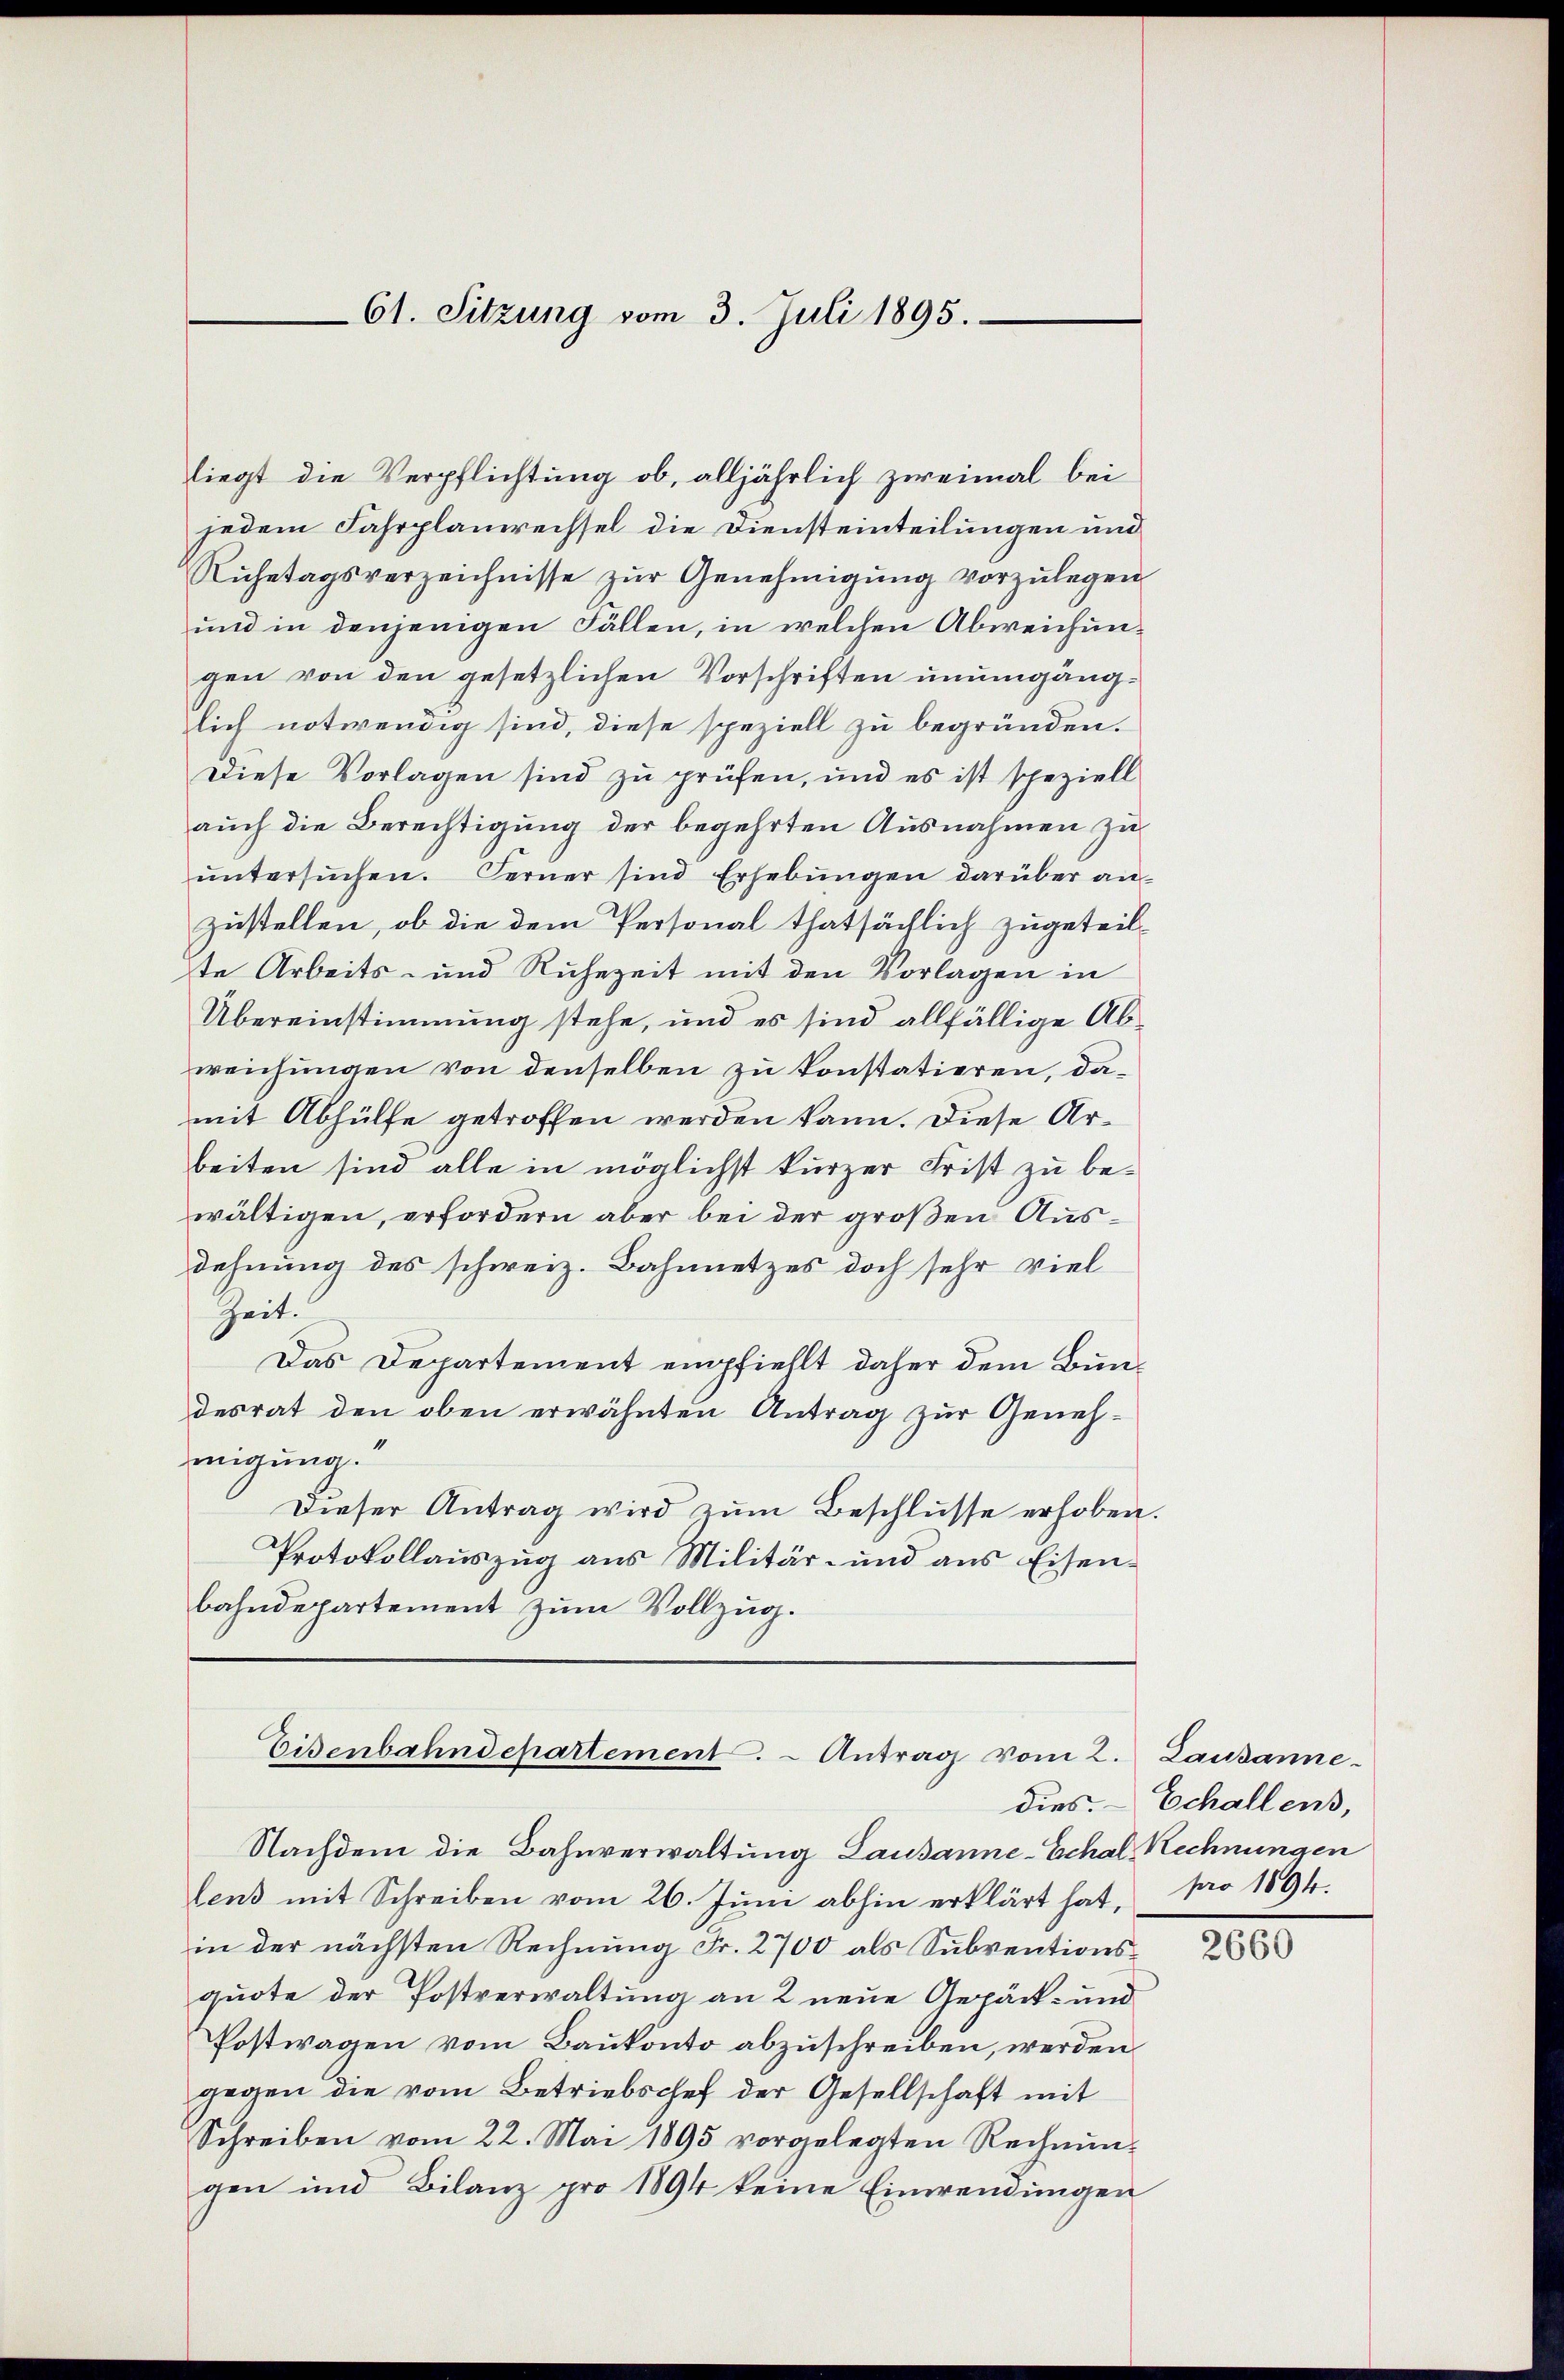
liegt die Verpflichtung ob, alljährlich zweimal bei
jedem Fahrplanerechsel die Diensteinteilungen und
Ruhetagsverzeichnisse zur Genehmigung vorzulegen
und in denjenigen Fällen, in welchen Abweichungen von den gesetzlichen Vorschriften unumgänglich notwendig sind, diese speziell zu begründen.
Diese Vorlagen sind zu prüfen, und es ist speziell
auch die Berechtigung der begehrten Ausnahmen zu
ŭntersŭchen. Ferner sind Erhebŭngen darüber an-
zustellen, ob die dem Personal thatsächlich zugeteilte Arbeits- und Ruhezeit mit den Vorlagen in
Übereinstimmung stehe, und es sind allfällige Abweichungen von denselben zu konstatieren, damit Abhülfe getroffen werden kann. Diese Arbeiten sind alle in möglichst kurzer Frist zu bewältigen, erfordern aber bei der großen Ausdehnung des schweiz. Bahnnetzes doch sehr viel
Zeit.
Das Departement empfiehlt daher dem Bundesrat den oben erwähnten Antrag zur Genehmigung.
Dieser Antrag wird zŭm Beschlüsse erhoben.
Protokollauszug aus Militär- und aus Eisenbahndepartement zum Vollzug.

61. Sitzung vom 3. Juli 1895.

Eisenbahndepartement. - Antrag vom 2. Lausanne

Nachdem die Bahnverwaltung Lausanne-Echal Rechnungen
lens mit Schreiben vom 26. Juni abhin erklärt hat,
in der nächsten Rechnung Fr. 2700 als Subventionsquote der Postverwaltung an 2 neue Gepäck- und
Postwagen vom Baukonto abzuschreiben, werden
gegen die vom Betriebschef der Gesellschaft mit
Schreiben vom 22. Mai 1895 vorgelegten Rechnŭn-
gen und Bilanz pro 1894 keine Einwendungen

dies. – Echallens,
pro 1894.

2660